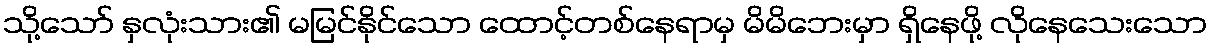
သို့သော် နှလုံးသား၏ မမြင်နိုင်သော ထောင့်တစ်နေရာမှ မိမိဘေးမှာ ရှိနေဖို့ လိုနေသေးသော